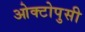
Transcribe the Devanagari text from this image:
ओक्टोपुसी